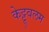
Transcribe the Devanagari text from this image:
केट्टूवलम